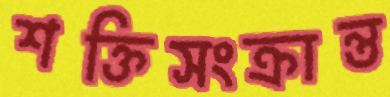
শক্তিসংক্রান্ত